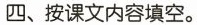
四、按课文内容填空。